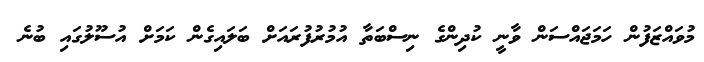
މުވައްޒަފުން ހަމަޖައްސަން ވާނީ ކުދިންގެ ނިސްބަތާ އުމުރުފުރައަށް ބަލައިގެން ކަމަށް އުސޫލުގައި ބުނެ